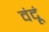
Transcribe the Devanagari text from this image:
वंदूं